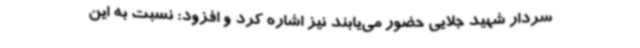
سردار شهید جلایی حضور می‌یابند نیز اشاره کرد و افزود: نسبت به این